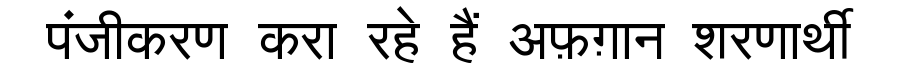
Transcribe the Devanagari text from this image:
पंजीकरण करा रहे हैं अफ़ग़ान शरणार्थी